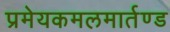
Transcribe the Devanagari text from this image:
प्रमेयकमलमार्तण्ड